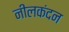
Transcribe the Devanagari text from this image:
नीलकंदन